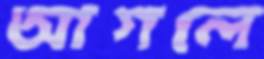
আগলে